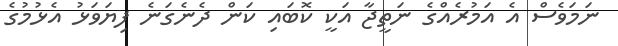
ނަމަވެސް އެ އަމުރެއްގެ ނަތީޖާ އަކީ ކޮބައި ކަން ދެނެގަނެ ފިޔަވަޅު އެޅުމުގެ